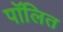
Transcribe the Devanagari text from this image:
पॉलित